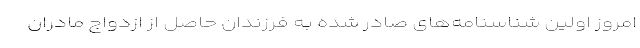
امروز اولین شناسنامه‌های صادر شده به فرزندان حاصل از ازدواج مادران